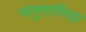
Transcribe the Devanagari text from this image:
भानुमतींच्या